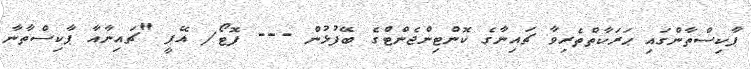
ޕާކިސްތާންގައި ޙަރަކާތްތެރިވާ ޗައިނާގެ ކޮންޓިންޖެންޓްގެ ބޭފުޅުން --- ފޮޓޯ/ އޭޕީ "ޗައިނާއާ ޕާކިސްތާނާ